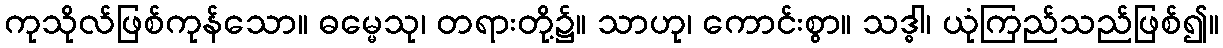
ကုသိုလ်ဖြစ်ကုန်သော။ ဓမ္မေသု၊ တရားတို့၌။ သာဟု၊ ကောင်းစွာ။ သဒ္ဓါ၊ ယုံကြည်သည်ဖြစ်၍။